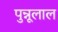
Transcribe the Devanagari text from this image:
पुन्नूलाल